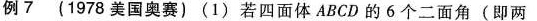
例7 (1978美国奥赛) (1)若四面体ABCD的6个二面角(即两